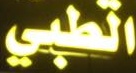
الطبي